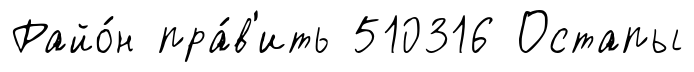
Райо́н пра́в'ить 510316 Остапы